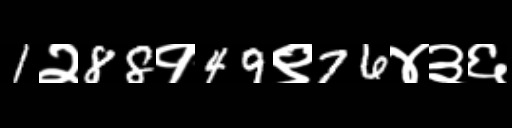
Text: 1२88१49९76४३६